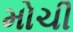
મોચી